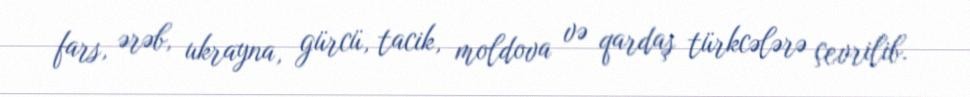
fars, ərəb, ukrayna, gürcü, tacik, moldova və qardaş türkcələrə çevrilib.